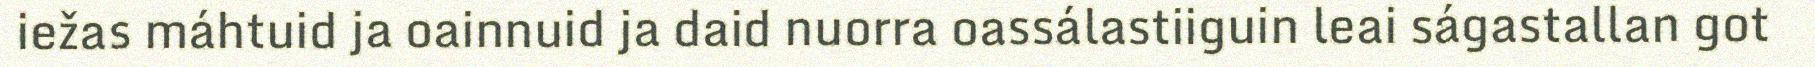
iežas máhtuid ja oainnuid ja daid nuorra oassálastiiguin leai ságastallan got